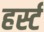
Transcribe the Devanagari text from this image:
हर्स्ट